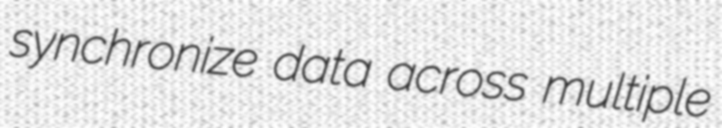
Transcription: synchronize data across multiple